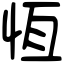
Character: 恆